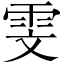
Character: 雯